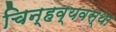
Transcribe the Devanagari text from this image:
चिन्हव्यवस्था